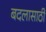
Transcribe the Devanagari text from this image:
बदलासाठी